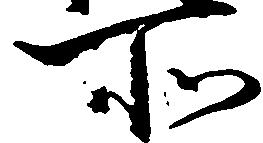
所